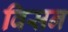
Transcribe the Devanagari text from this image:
विसन